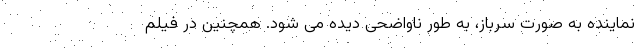
نماینده به صورت سرباز، به طور ناواضحی دیده می شود. همچنین در فیلم